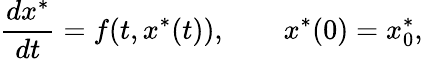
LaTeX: \frac{dx^{*}}{dt}=f(t,x^{*}(t)),\qquad x^{*}(0)=x_{0}^{*},